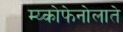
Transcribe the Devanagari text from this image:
म्य्कोफेनोलाते